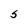
Character: S